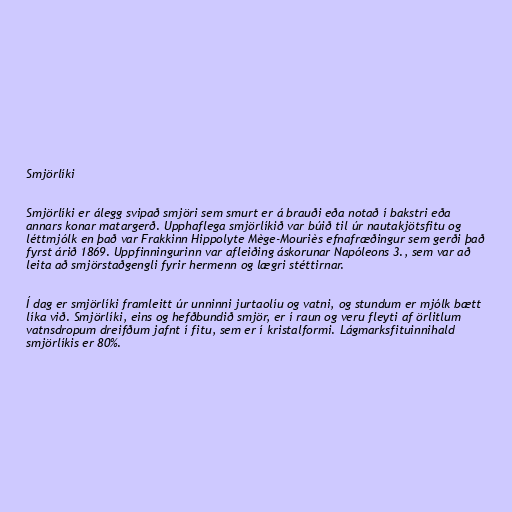
Smjörlíki

Smjörlíki er álegg svipað smjöri sem smurt er á brauði eða notað í bakstri eða
annars konar matargerð. Upphaflega smjörlíkið var búið til úr nautakjötsfitu og
léttmjólk en það var Frakkinn Hippolyte Mège-Mouriès efnafræðingur sem gerði það
fyrst árið 1869. Uppfinningurinn var afleiðing áskorunar Napóleons 3., sem var að
leita að smjörstaðgengli fyrir hermenn og lægri stéttirnar.

Í dag er smjörlíki framleitt úr unninni jurtaolíu og vatni, og stundum er mjólk bætt
líka við. Smjörlíki, eins og hefðbundið smjör, er í raun og veru fleyti af örlitlum
vatnsdropum dreifðum jafnt í fitu, sem er í kristalformi. Lágmarksfituinnihald
smjörlíkis er 80%.